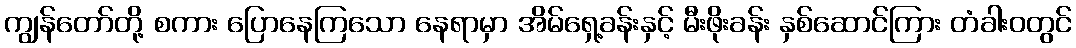
ကျွန်တော်တို့ စကား ပြောနေကြသော နေရာမှာ အိမ်ရှေ့ခန်းနှင့် မီးဖိုးခန်း နှစ်ဆောင်ကြား တံခါးဝတွင်